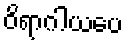
ဝိရာဂါယပေ